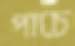
পাচে